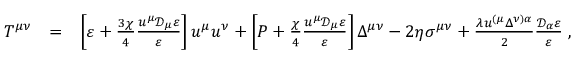
\begin{array} { r l r } { T ^ { \mu \nu } } & { = } & { \left[ \varepsilon + \frac { 3 \chi } { 4 } \frac { u ^ { \mu } \mathcal { D } _ { \mu } \varepsilon } { \varepsilon } \right] u ^ { \mu } u ^ { \nu } + \left[ P + \frac { \chi } { 4 } \frac { u ^ { \mu } \mathcal { D } _ { \mu } \varepsilon } { \varepsilon } \right] \Delta ^ { \mu \nu } - 2 \eta \sigma ^ { \mu \nu } + \frac { \lambda u ^ { ( \mu } \Delta ^ { \nu ) \alpha } } { 2 } \frac { \mathcal { D } _ { \alpha } \varepsilon } { \varepsilon } \; , } \end{array}